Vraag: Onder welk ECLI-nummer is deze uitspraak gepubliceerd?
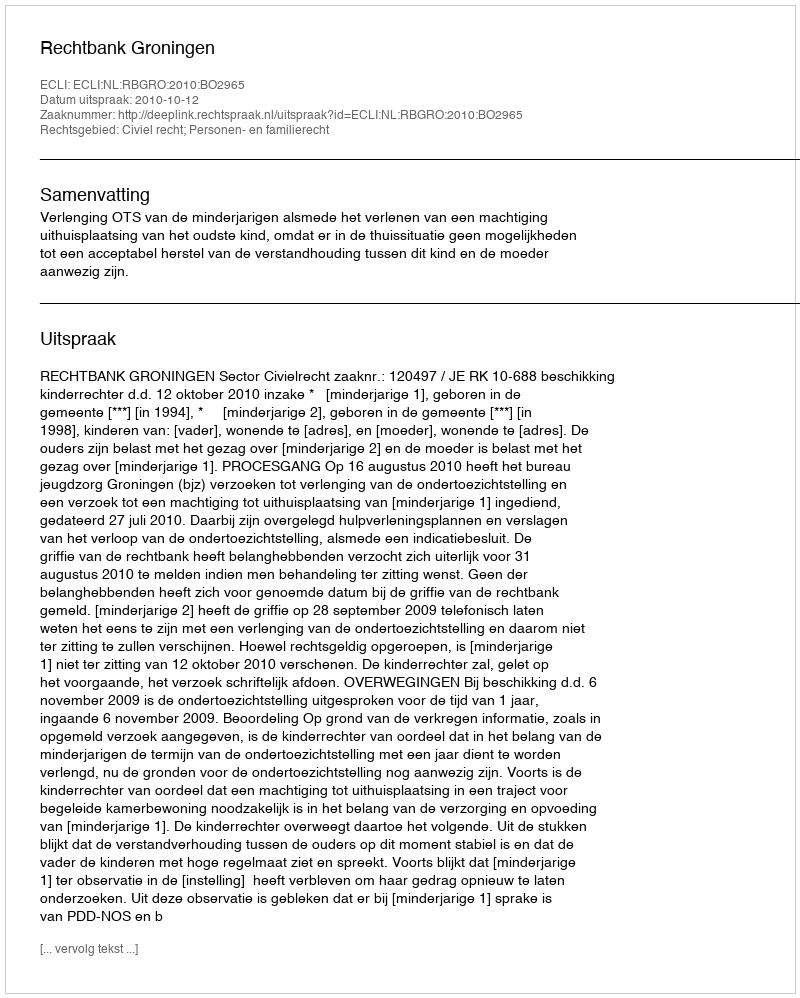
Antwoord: ECLI:NL:RBGRO:2010:BO2965